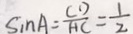
\sin A = \frac { C D } { A C } = \frac { 1 } { 2 }